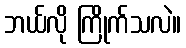
ဘယ်လို ကြိုက်သလဲ။